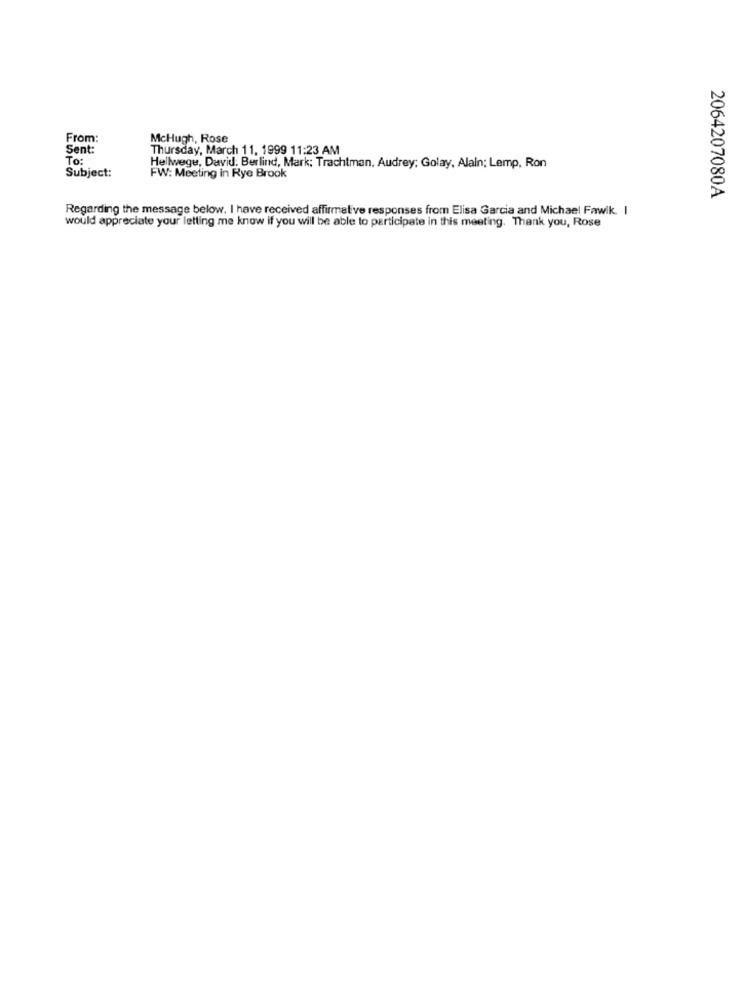
From:
McHugh, Rose
Sent:
Thursday, March 11, 1999 11:23 AM
To:
Subject:
Hellwege, David: Berlind, Mark: Trachtman, Audrey; Golay, Alain; Lemp, Ron
FW: Meeting in Rye Brook
2064207080A
Regarding the message below. I have received affirmative responses from Elisa Garcia and Michael Fawlk. I
would appreciate your letting me know if you will be able to participate in this meeting. Thank you, Rose